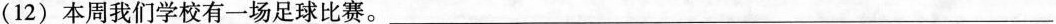
( 12 ) 本周我们学校有一场足球比赛。___